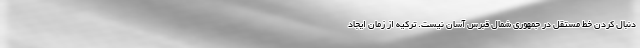
دنبال کردن خط مستقل در جمهوری شمال قبرس آسان نیست. ترکیه از زمان ایجاد